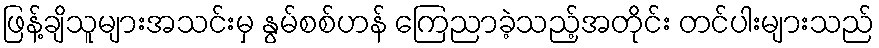
ဖြန့်ချိသူများအသင်းမှ နွမ်စစ်ဟန် ကြေညာခဲ့သည့်အတိုင်း တင်ပါးများသည်